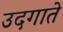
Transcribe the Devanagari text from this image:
उदगाते